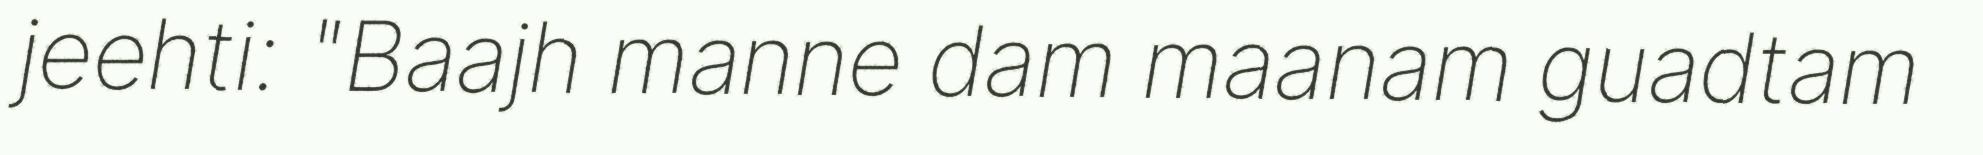
jeehti: "Baajh manne dam maanam guadtam